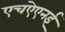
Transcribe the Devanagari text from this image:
एचऐएनई